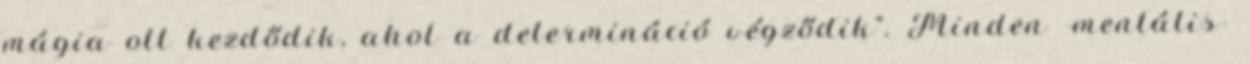
mágia ott kezdődik, ahol a determináció végződik". Minden -mentális-